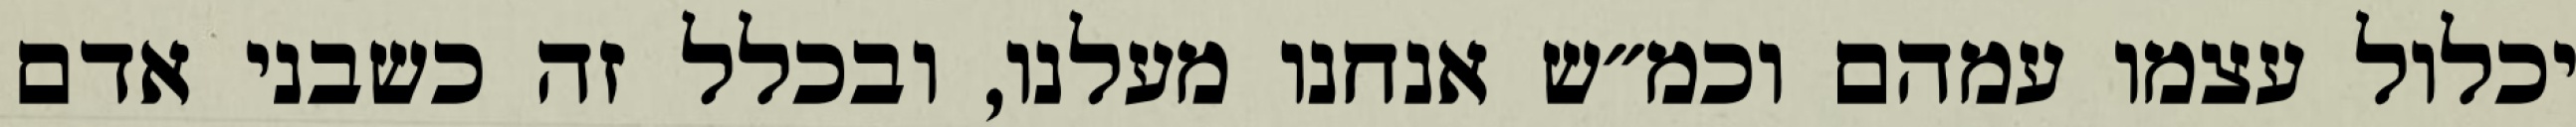
יכלול עצמו עמהם וכמ״ש אנחנו מעלנו, ובכלל זה כשבני אדם